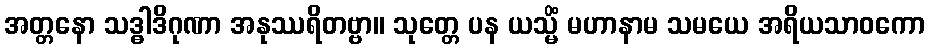
အတ္တနော သဒ္ဓါဒိဂုဏာ အနုဿရိတဗ္ဗာ။ သုတ္တေ ပန ယသ္မိံ မဟာနာမ သမယေ အရိယသာဝကော